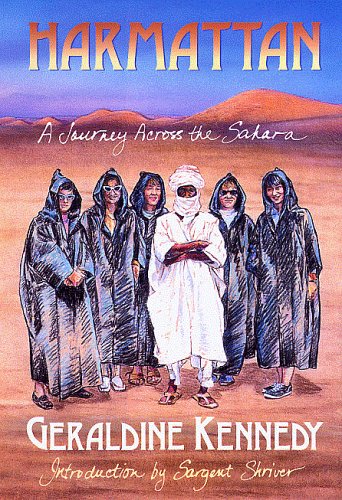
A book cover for Harmattan: A Journey Across the Sahara; Geraldine Kennedy; Travel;